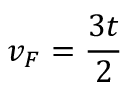
v _ { F } = \frac { 3 t } { 2 }